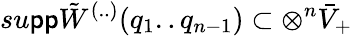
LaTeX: su\mathsf{p}\mathsf{p}\tilde{{W}}^{(..)}(q_{1}..q_{n-1})\subset\otimes^{n}\bar{{V}}_{+}